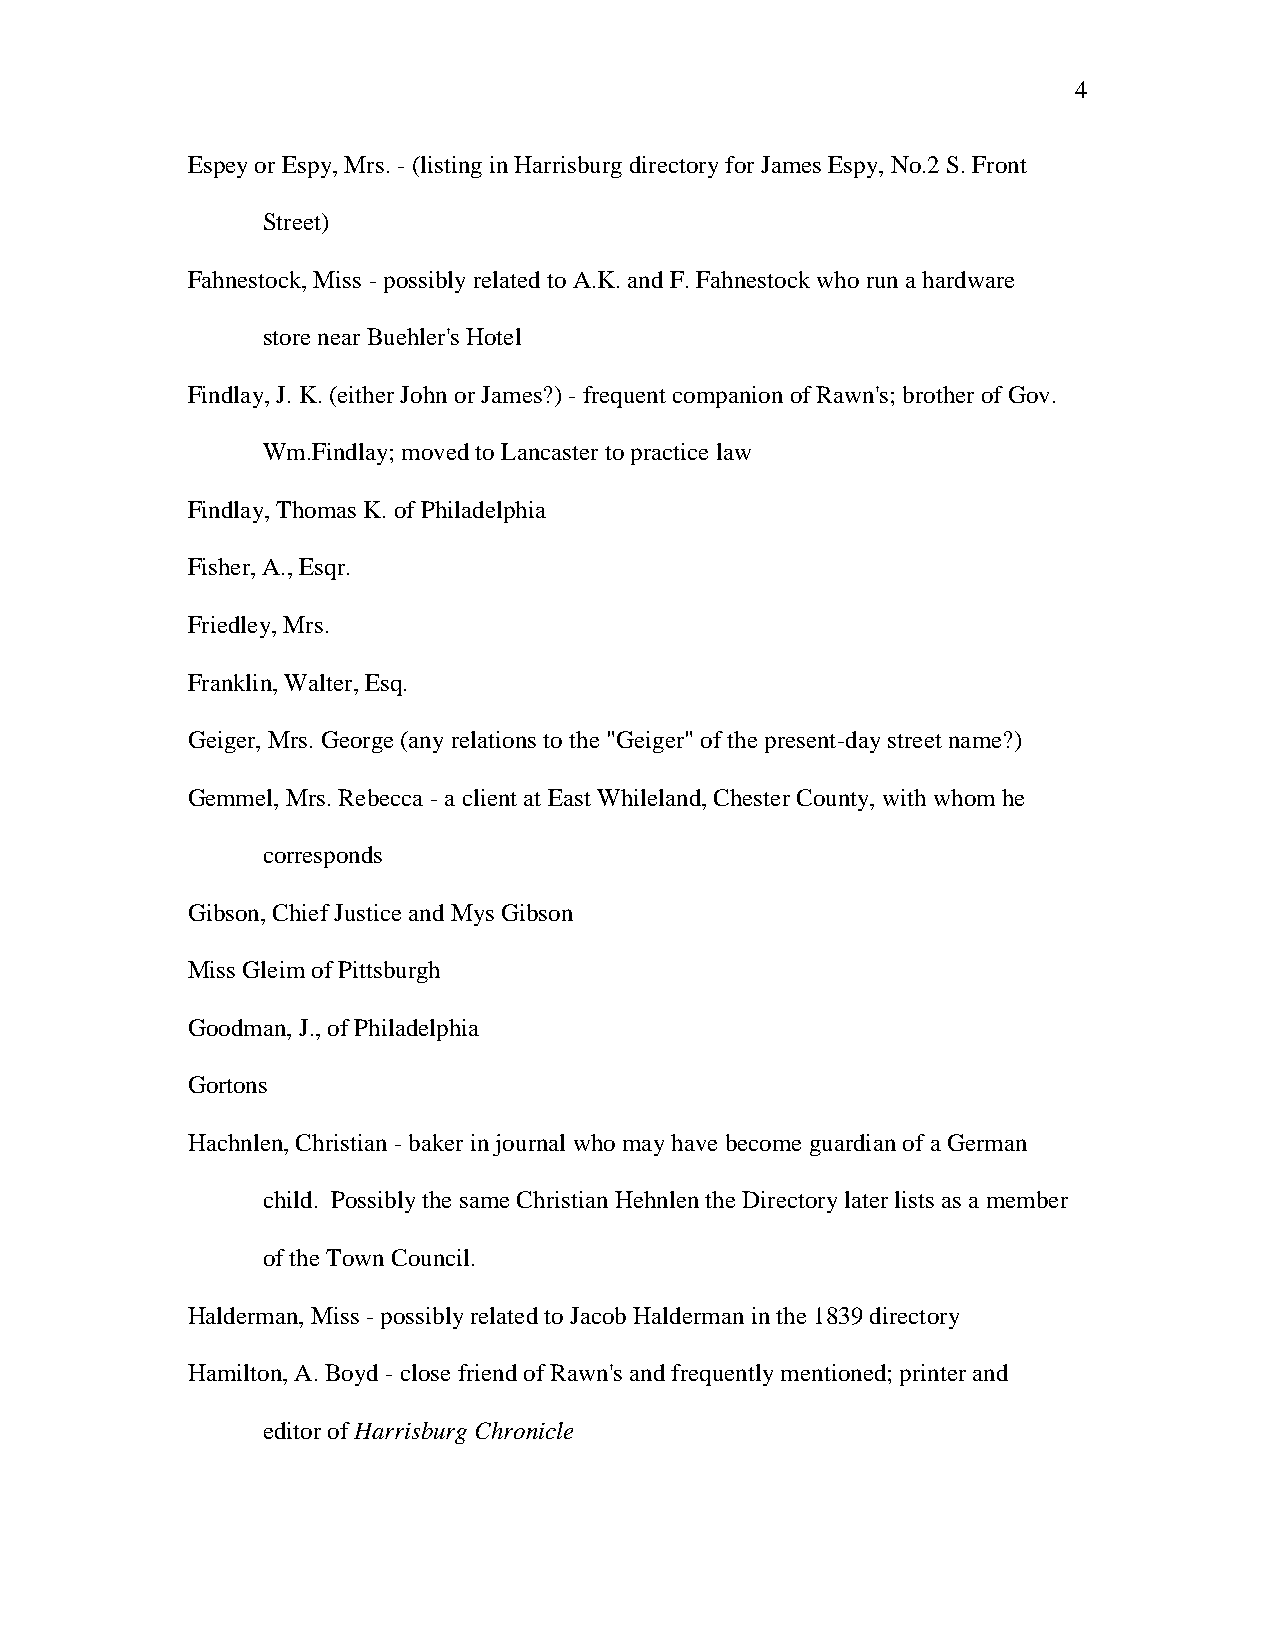
4
 Espey or Espy, Mrs. - (listing in Harrisburg directory for James Espy, No.2 S. Front
 Street)
 Fahnestock, Miss - possibly related to A.K. and F. Fahnestock who run a hardware
 store near Buehler's Hotel
 Findlay, J. K. (either John or James?) - frequent companion of Rawn's; brother of Gov.
 Wm.Findlay; moved to Lancaster to practice law
 Findlay, Thomas K. of Philadelphia
 Fisher, A., Esqr.
 Friedley, Mrs.
 Franklin, Walter, Esq.
 Geiger, Mrs. George (any relations to the "Geiger" of the present-day street name?)
 Gemmel, Mrs. Rebecca - a client at East Whileland, Chester County, with whom he
 corresponds
 Gibson, Chief Justice and Mys Gibson
 Miss Gleim of Pittsburgh
 Goodman, J., of Philadelphia
 Gortons
 Hachnlen, Christian - baker in journal who may have become guardian of a German
 child. Possibly the same Christian Hehnlen the Directory later lists as a member
 of the Town Council.
 Halderman, Miss - possibly related to Jacob Halderman in the 1839 directory
 Hamilton, A. Boyd - close friend of Rawn's and frequently mentioned; printer and
 editor of Harrisburg Chronicle